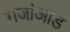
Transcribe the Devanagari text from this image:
गजांआड